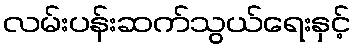
လမ်းပန်းဆက်သွယ်ရေးနှင့်